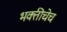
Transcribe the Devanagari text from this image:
भक्तीचेच